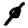
Digit: 0